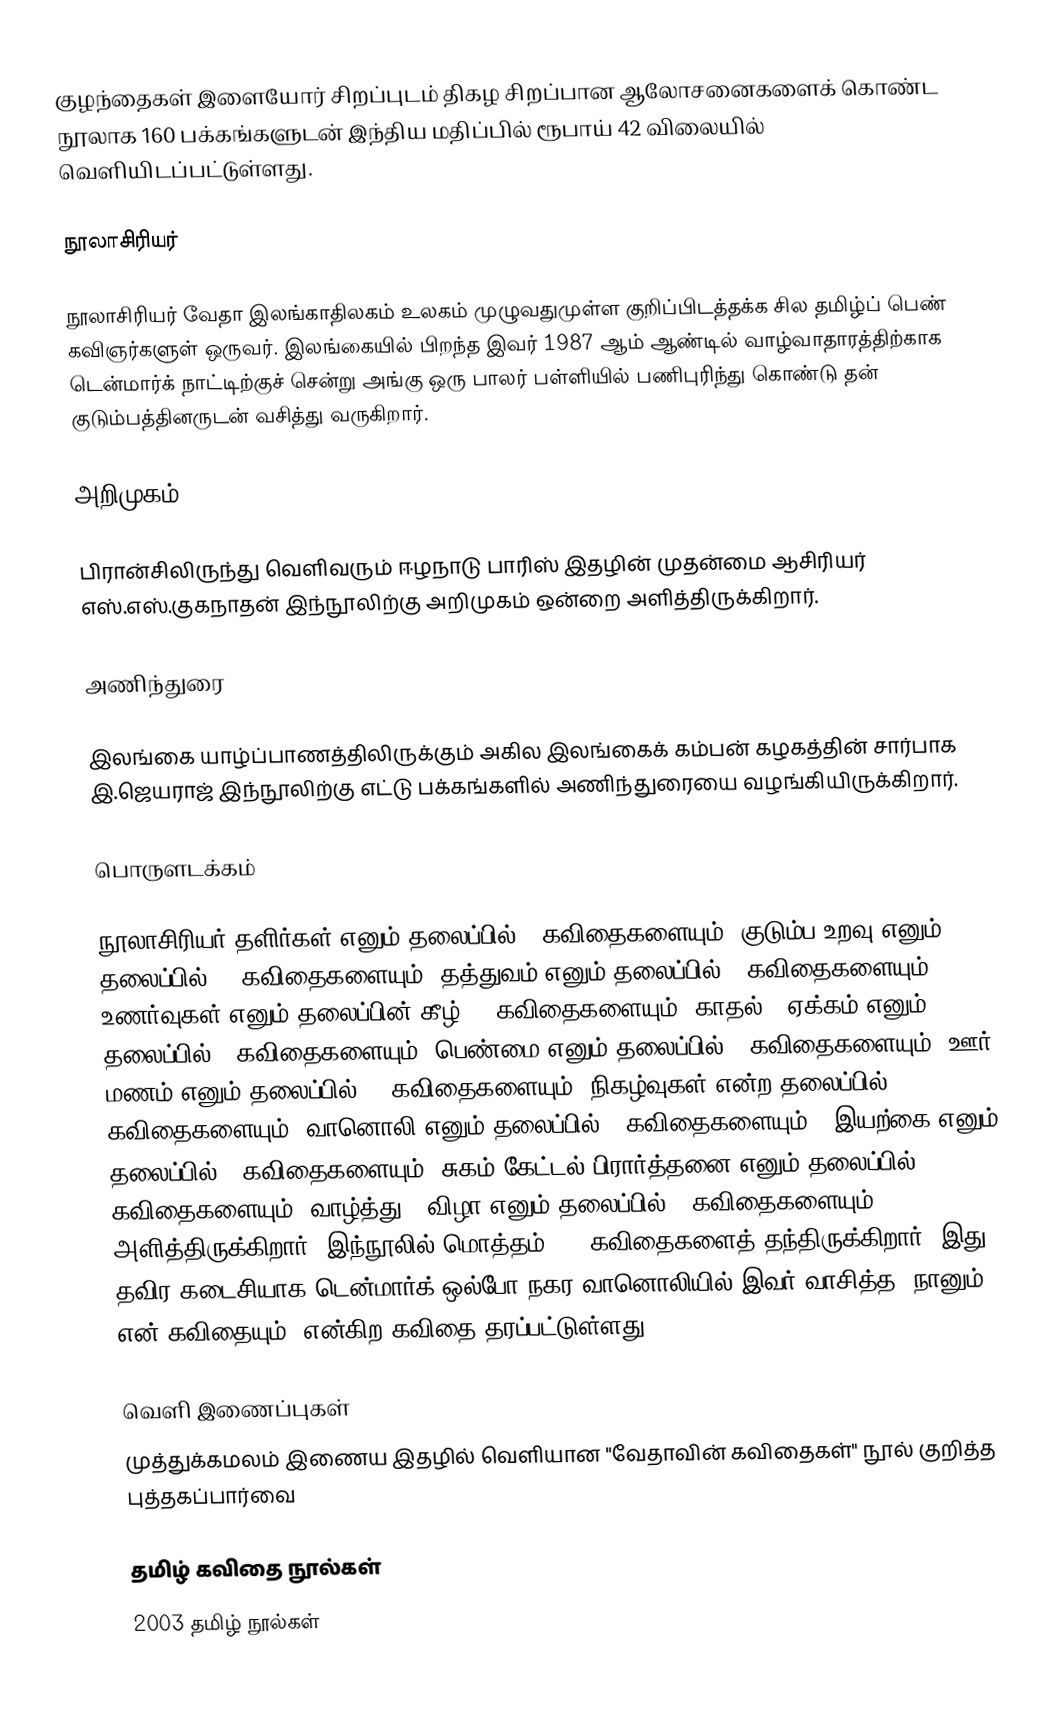
குழந்தைகள் இளையோர் சிறப்புடம் திகழ சிறப்பான ஆலோசனைகளைக் கொண்ட நூலாக 160 பக்கங்களுடன் இந்திய மதிப்பில் ரூபாய் 42 விலையில் வெளியிடப்பட்டுள்ளது.

நூலாசிரியர்

நூலாசிரியர் வேதா இலங்காதிலகம் உலகம் முழுவதுமுள்ள குறிப்பிடத்தக்க சில தமிழ்ப் பெண் கவிஞர்களுள் ஒருவர். இலங்கையில் பிறந்த இவர் 1987 ஆம் ஆண்டில் வாழ்வாதாரத்திற்காக டென்மார்க் நாட்டிற்குச் சென்று அங்கு ஒரு பாலர் பள்ளியில் பணிபுரிந்து கொண்டு தன் குடும்பத்தினருடன் வசித்து வருகிறார்.

அறிமுகம்

பிரான்சிலிருந்து வெளிவரும் ஈழநாடு பாரிஸ் இதழின் முதன்மை ஆசிரியர் எஸ்.எஸ்.குகநாதன் இந்நூலிற்கு அறிமுகம் ஒன்றை அளித்திருக்கிறார்.

அணிந்துரை

இலங்கை யாழ்ப்பாணத்திலிருக்கும் அகில இலங்கைக் கம்பன் கழகத்தின் சார்பாக இ.ஜெயராஜ் இந்நூலிற்கு எட்டு பக்கங்களில் அணிந்துரையை வழங்கியிருக்கிறார்.

பொருளடக்கம்

நூலாசிரியர் தளிர்கள் எனும் தலைப்பில் 9 கவிதைகளையும், குடும்ப உறவு எனும் தலைப்பில் 12 கவிதைகளையும், தத்துவம் எனும் தலைப்பில் 4 கவிதைகளையும், உணர்வுகள் எனும் தலைப்பின் கீழ் 15 கவிதைகளையும், காதல் + ஏக்கம் எனும் தலைப்பில் 7 கவிதைகளையும், பெண்மை எனும் தலைப்பில் 8 கவிதைகளையும், ஊர் மணம் எனும் தலைப்பில் 12 கவிதைகளையும், நிகழ்வுகள் என்ற தலைப்பில் 16 கவிதைகளையும், வானொலி எனும் தலைப்பில் 6 கவிதைகளையும் , இயற்கை எனும் தலைப்பில் 3 கவிதைகளையும், சுகம் கேட்டல் பிரார்த்தனை எனும் தலைப்பில் 3 கவிதைகளையும், வாழ்த்து - விழா எனும் தலைப்பில் 7 கவிதைகளையும் அளித்திருக்கிறார். இந்நூலில் மொத்தம் 102 கவிதைகளைத் தந்திருக்கிறார். இது தவிர கடைசியாக டென்மார்க் ஒல்போ நகர வானொலியில் இவர் வாசித்த "நானும் என் கவிதையும்" என்கிற கவிதை தரப்பட்டுள்ளது.

வெளி இணைப்புகள்
 முத்துக்கமலம் இணைய இதழில் வெளியான "வேதாவின் கவிதைகள்" நூல் குறித்த புத்தகப்பார்வை

தமிழ் கவிதை நூல்கள்
2003 தமிழ் நூல்கள்